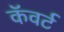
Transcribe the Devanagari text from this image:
कॅवर्ट